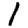
Digit: 1